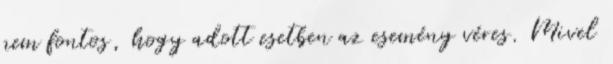
nem fontos, hogy adott esetben az esemény véres. Mivel